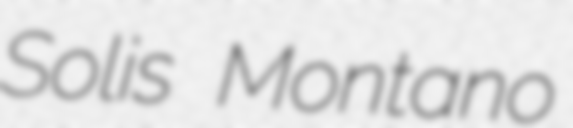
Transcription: Solis Montano